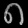
Digit: ၈